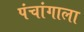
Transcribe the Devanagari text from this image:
पंचांगाला